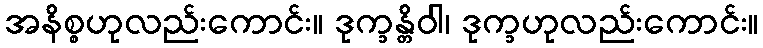
အနိစ္စဟုလည်းကောင်း။ ဒုက္ခန္တိဝါ၊ ဒုက္ခဟုလည်းကောင်း။